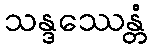
သန္ဒဿေန္တံ